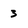
Character: 3